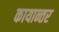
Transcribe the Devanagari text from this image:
कायान्तर